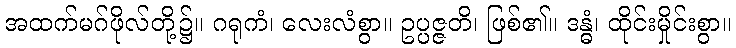
အထက်မဂ်ဖိုလ်တို့၌။ ဂရုကံ၊ လေးလံစွာ။ ဥပ္ပဇ္ဇတိ၊ ဖြစ်၏။ ဒန္ဓံ၊ ထိုင်းမှိုင်းစွာ။